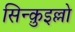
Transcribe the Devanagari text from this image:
सिन्क़ुइल्लो